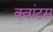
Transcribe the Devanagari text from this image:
क्‍वांटस